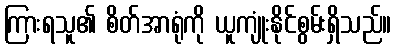
ကြားရသူ၏ စိတ်အာရုံကို ယူကျုံးနိုင်စွမ်းရှိသည်။